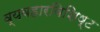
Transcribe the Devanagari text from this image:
व्यवहारविशिष्ट